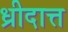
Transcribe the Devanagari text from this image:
ध्रीदात्त